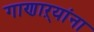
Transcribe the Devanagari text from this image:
गाणाऱ्यांना